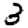
Digit: 3